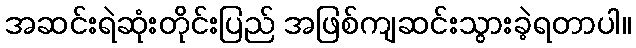
အဆင်းရဲဆုံးတိုင်းပြည် အဖြစ်ကျဆင်းသွားခဲ့ရတာပါ။